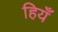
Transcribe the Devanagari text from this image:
हियँ